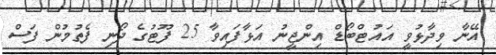
އޭނާ ވިދާޅުވީ އައުޓްބޯޑް އިންޖީނު އަޅާފައިވާ 25 ފޫޓުގެ ދޯނި ފެތުމުން ފަސް